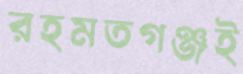
রহমতগঞ্জই